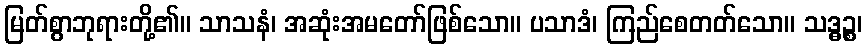
မြတ်စွာဘုရားတို့၏။ သာသနံ၊ အဆုံးအမတော်ဖြစ်သော။ ပသာဒံ၊ ကြည်စေတတ်သော။ သဒ္ဓဉ္စ၊